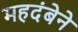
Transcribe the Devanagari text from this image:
महदंबेने